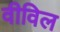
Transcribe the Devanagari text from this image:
वीविल